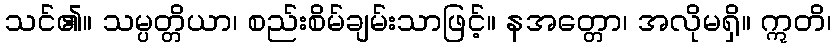
သင်၏။ သမ္ပတ္တိယာ၊ စည်းစိမ်ချမ်းသာဖြင့်။ နအတ္တော၊ အလိုမရှိ။ ဣတိ၊